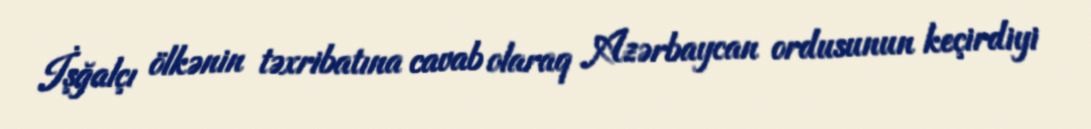
İşğalçı ölkənin təxribatına cavab olaraq Azərbaycan ordusunun keçirdiyi